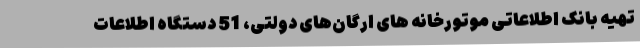
تهیه بانک اطلاعاتی موتورخانه های ارگان‌های دولتی، 51 دستگاه اطلاعات